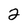
Character: 2